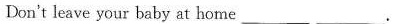
Don't leave your baby at home ___.